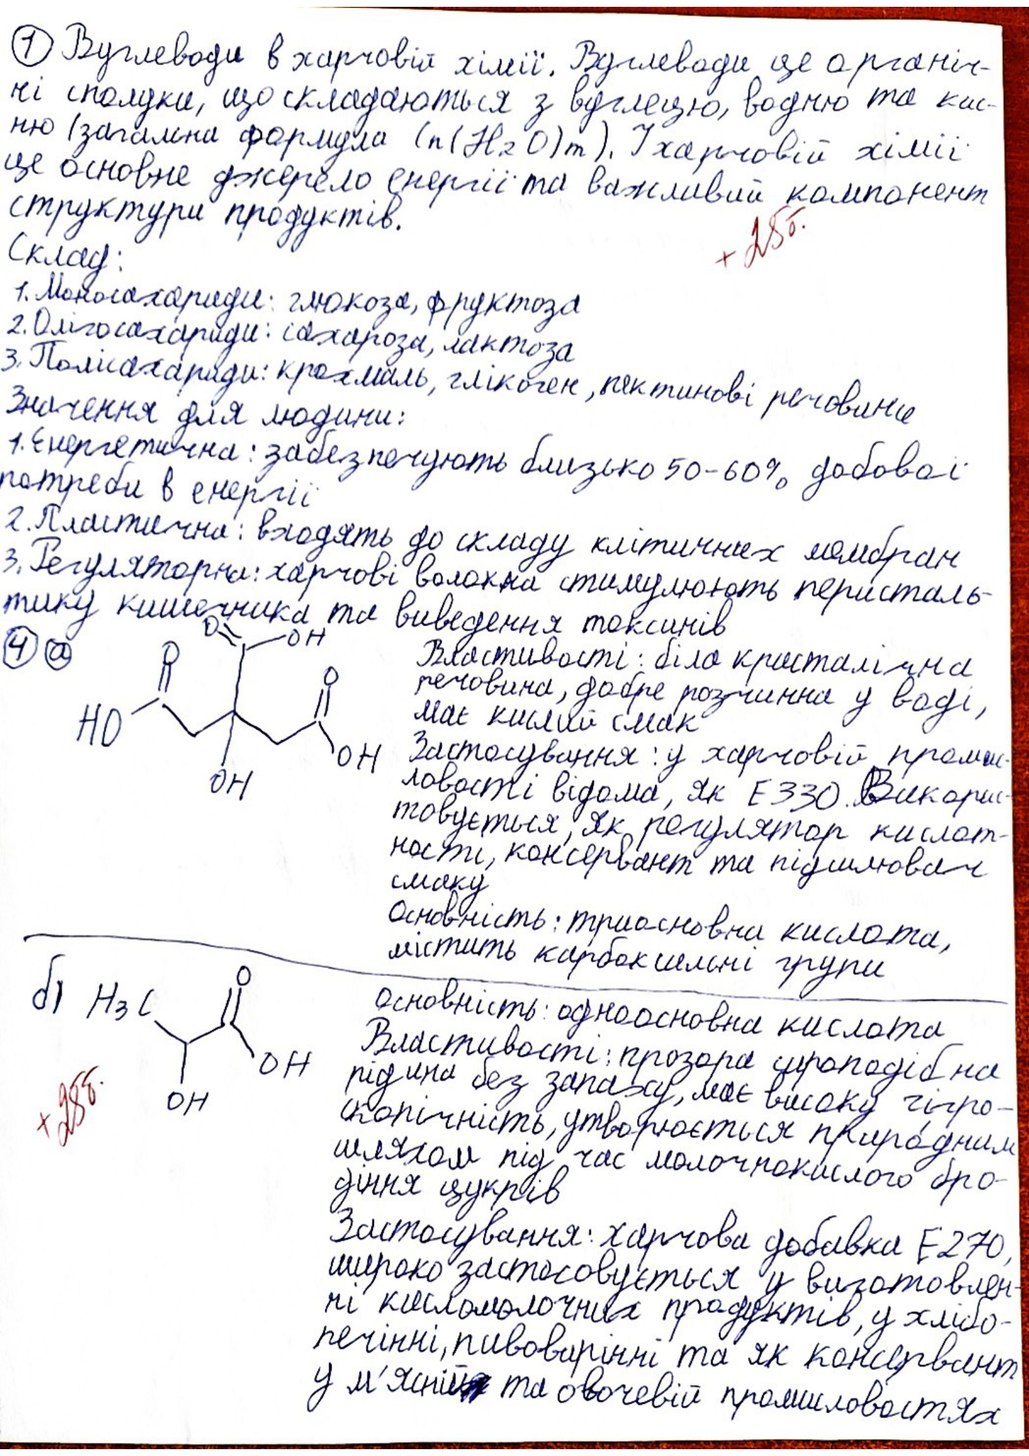
1) Вуглеводи в харчовій хімії. Вуглеводи це органіч-
ні сполуки, що складаються з вуглецю, водню та кис-
ню (загальна формула (n(H₂O)m). У харчовій хімії
це основне джерело енергії та важливий компонент
структури продуктів.
+25б.
Склад:
1. Моносахариди: глюкоза, фруктоза
2. Олігосахариди: сахароза, лактоза
3. Полісахариди: крохмаль, глікоген, пектинові речовини
Значення для людини:
1. Енергетична: забезбечують близько 50-60% добової
потреби в енергії
2. Пластична: входять до складу клітинних мембран
3. Регуляторна: харчові волокна стимулюють перисталь-
тику кишечника та виведення токсинів
4 а
создания тяжелых
Властивості: біла кристалічна
речовина, добре розчинна у воді,
має кислий смак
Застосування: у харчовій промис-
ловості відома, як E330. Викорис-
товується, як регулятор кислот-
ності, консервант та підсилювач
смаку
Основність: триосновна кислота,
містить карбоксильні групи
б)
Основність: одноосновна кислота
Властивості: прозора сироподібна
рідина без запаху, має високу гігро-
+25б.
скопічність, утворюється природним
шляхом під час молочнокислого бро-
діння цукрів
Застосування: харчова добавка E270,
широко застосовується у виготовлен-
ні кисломолочних продуктів, у хлібо-
печінні, пивоварінні та як консервант
у м'ясній~~[illegible]~~ та овочевій промисловостях